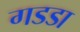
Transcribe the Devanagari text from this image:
गडडा